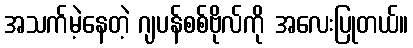
အသက်မဲ့နေတဲ့ ဂျပန်စစ်ဗိုလ်ကို အလေးပြုတယ်။